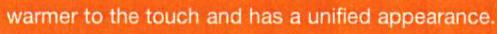
warmer to the touch and has a unified appearance.